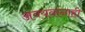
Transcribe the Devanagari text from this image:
अवयवांनाही